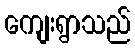
ကျေးရွာသည်